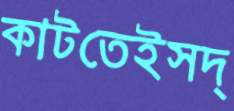
কাটতেইসদ্